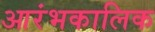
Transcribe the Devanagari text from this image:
आरंभकालिक